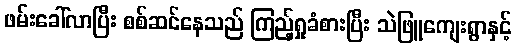
ဖမ်းခေါ်လာပြီး စစ်ဆင်နေသည် ကြည့်ရှုခံစားပြီး သဲဖြူကျေးရွာနှင့်